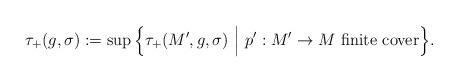
LaTeX: \begin{align*}\tau_+(g,\sigma):= \sup\Big\{ \tau_+(M',g,\sigma)\ \Big |\ p':M'\rightarrow M \mbox{ finite cover}\Big\} .\end{align*}